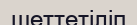
шеттетіліп